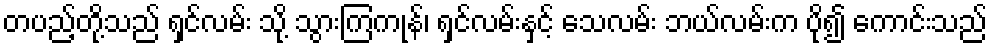
တပည့်တို့သည် ရှင်လမ်း သို့ သွားကြကုန်၊ ရှင်လမ်းနှင့် သေလမ်း ဘယ်လမ်းက ပို၍ ကောင်းသည်